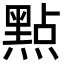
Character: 㸃